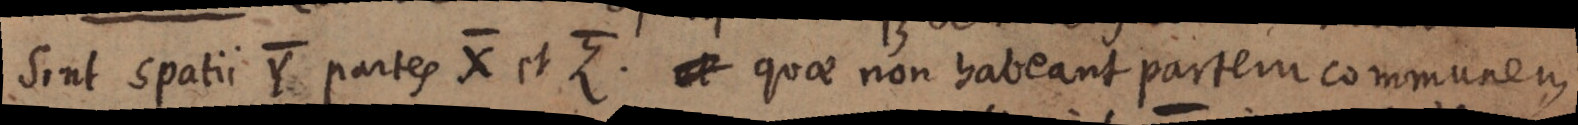
Sint spatii Y partes X et Z. _ quae non habeant partem communem